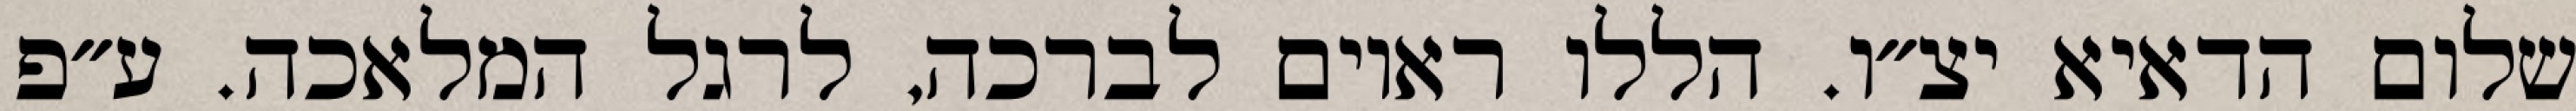
שלום הדאיא יצ״ו. הללו ראוים לברכה, לרגל המלאכה. ע״פ